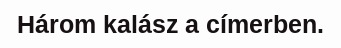
Három kalász a címerben.